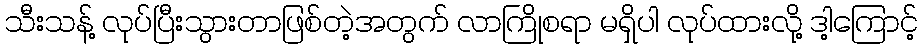
သီးသန့် လုပ်ပြီးသွားတာဖြစ်တဲ့အတွက် လာကြိုစရာ မရှိပါ လုပ်ထားလို့ ဒါ့ကြောင့်